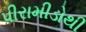
પીરામીડોથી